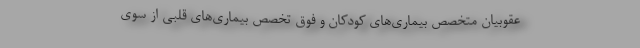
عقوبیان متخصص بیماری‌های کودکان و فوق تخصص بیماری‌های قلبی از سوی